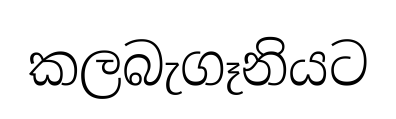
කලබැගෑනියට